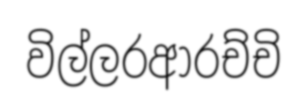
විල්ලරආරච්චි